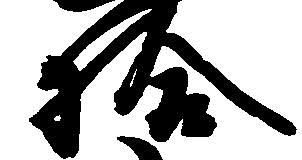
拾